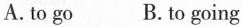
A.to go B.to going